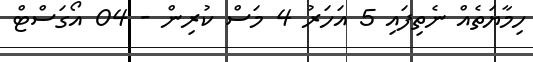
ހިމާޔަތެއް ނެތިފައި 5 އަހަރު 4 މަސް ކުރިން - 04 އޯގަސްޓް